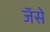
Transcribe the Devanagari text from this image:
जॅसे